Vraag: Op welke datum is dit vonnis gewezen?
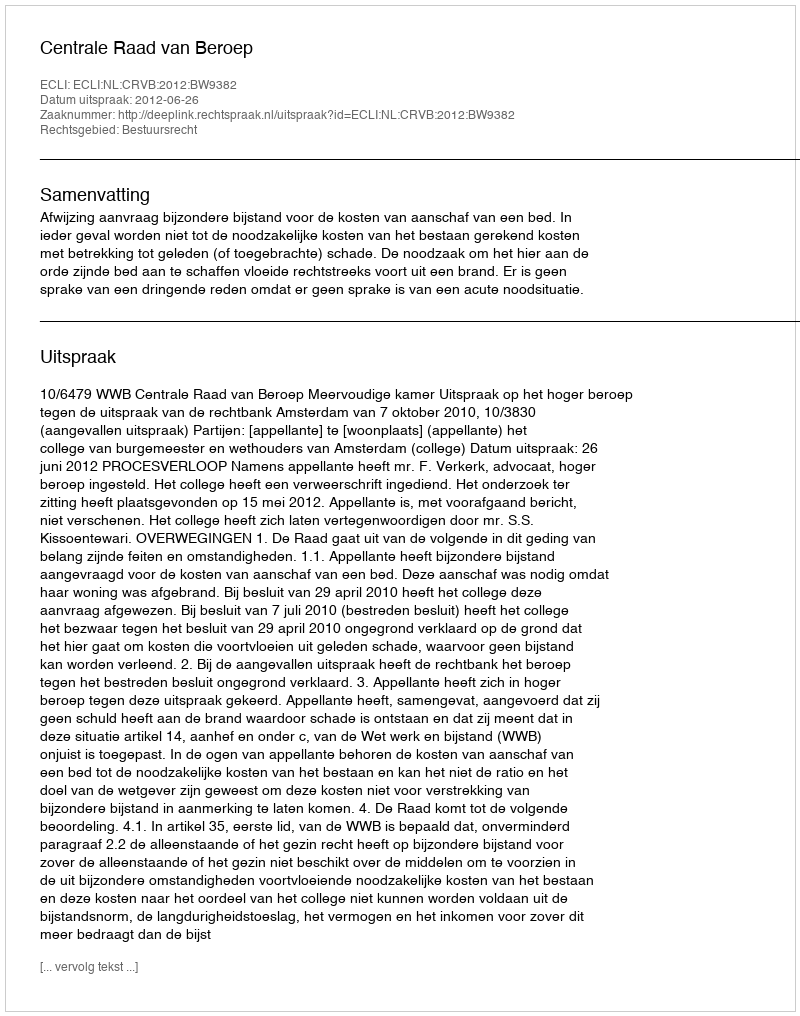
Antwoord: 2012-06-26